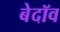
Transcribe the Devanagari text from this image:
बेदॉव